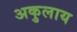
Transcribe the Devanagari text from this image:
अकुलाय